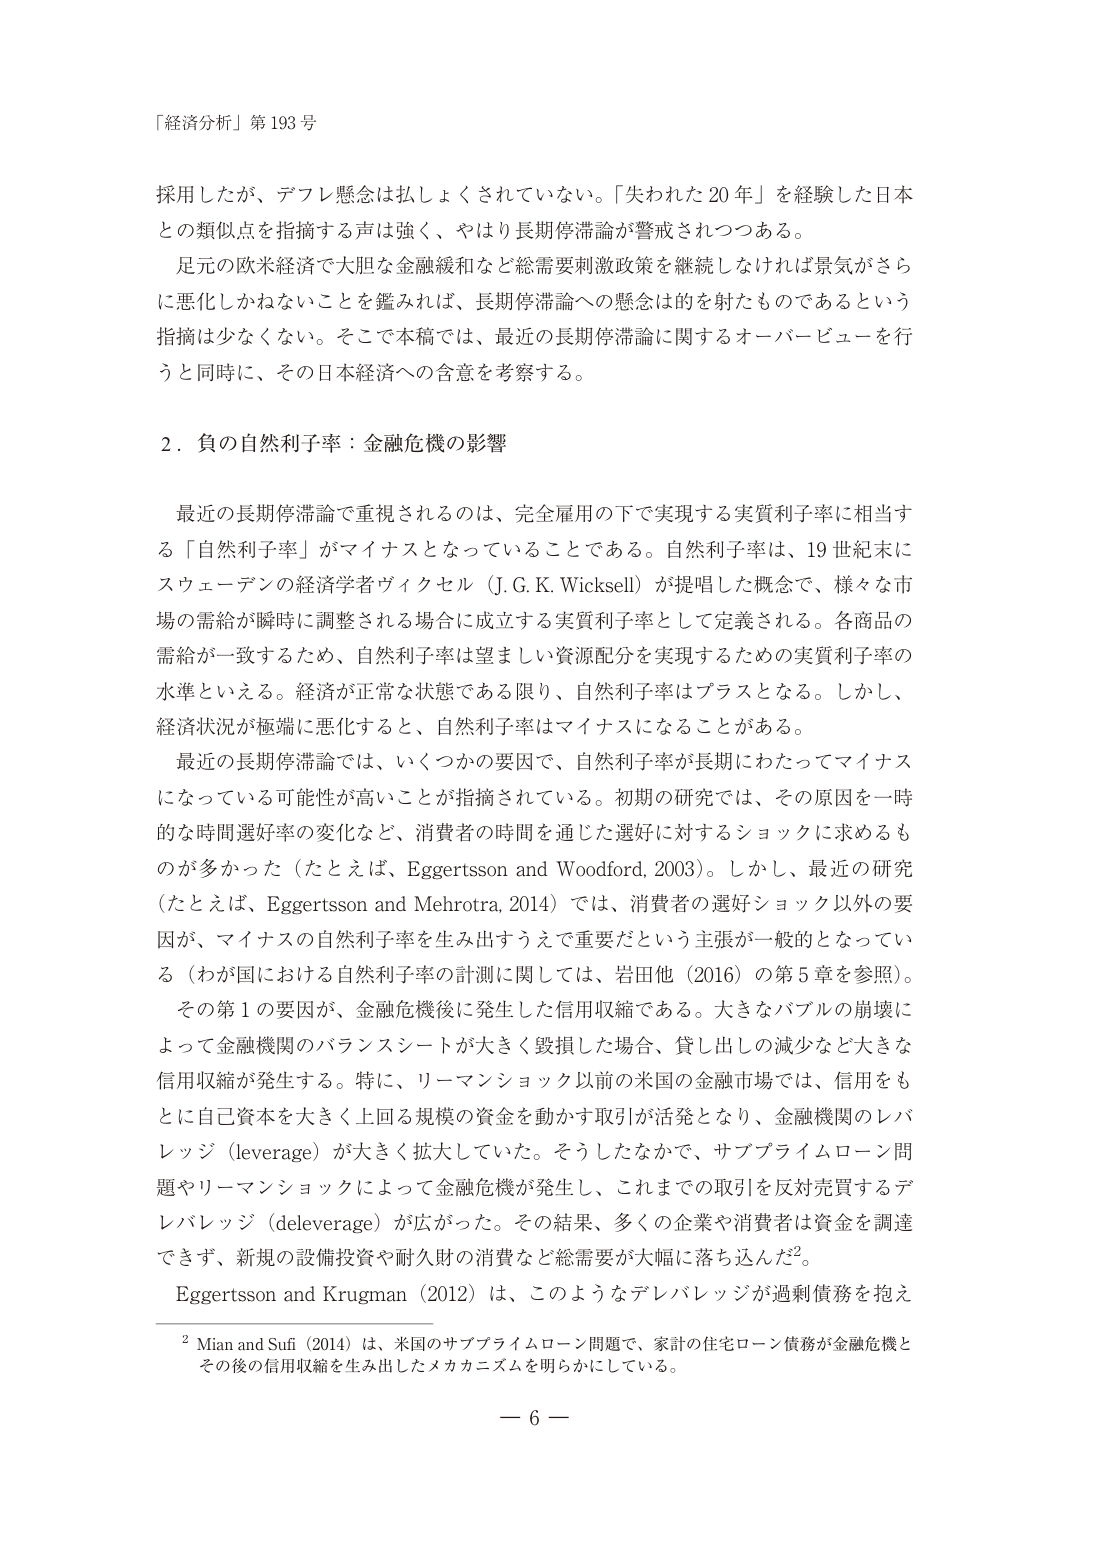
「経済分析」第193号

採用したが、デフレ懸念は払しょくされていない。「失われた20年」を経験した日本との類似点を指摘する声は強く、やはり長期停滞論が警戒されつつある。

足元の欧米経済で大胆な金融緩和など総需要刺激政策を継続しなければ景気がさらに悪化しかねないことを鑑みれば、長期停滞論への懸念は的を射たものであるという指摘は少なくない。そこで本稿では、最近の長期停滞論に関するオーバービューを行うと同時に、その日本経済への含意を考察する。

2．負の自然利子率：金融危機の影響

最近の長期停滞論で重視されるのは、完全雇用の下で実現する実質利子率に相当する「自然利子率」がマイナスとなっていることである。自然利子率は、19世紀末にスウェーデンの経済学者ヴィクセル（J.G.K. Wicksell）が提唱した概念で、様々な市場の需給が瞬時に調整される場合に成立する実質利子率として定義される。各商品の需給が一致するため、自然利子率は望ましい資源配分を実現するための実質利子率の水準といえる。経済が正常な状態である限り、自然利子率はプラスとなる。しかし、経済状況が極端に悪化すると、自然利子率はマイナスになることがある。

最近の長期停滞論では、いくつかの要因で、自然利子率が長期にわたってマイナスになっている可能性が高いことが指摘されている。初期の研究では、その原因を一時的な時間選好率の変化など、消費者の時間を通じた選好に対するショックに求めるものが多かった（たとえば、Eggertsson and Woodford, 2003）。しかし、最近の研究（たとえば、Eggertsson and Mehrotra, 2014）では、消費者の選好ショック以外の要因が、マイナスの自然利子率を生み出すうえで重要だという主張が一般的となっている（わが国における自然利子率の計測に関しては、岩田他（2016）の第5章を参照）。

その第1の要因が、金融危機後に発生した信用収縮である。大きなバブルの崩壊によって金融機関のバランスシートが大きく毀損した場合、貸し出しの減少など大きな信用収縮が発生する。特に、リーマンショック以前の米国の金融市場では、信用をもとに自己資本を大きく上回る規模の資金を動かす取引が活発となり、金融機関のレバレッジ（leverage）が大きく拡大していた。そうしたなかで、サブプライムローン問題やリーマンショックによって金融危機が発生し、これまでの取引を反対売買するデレバレッジ（deleverage）が広がった。その結果、多くの企業や消費者は資金を調達できず、新規の設備投資や耐久財の消費など総需要が大幅に落ち込んだ²。

Eggertsson and Krugman（2012）は、このようなデレバレッジが過剰債務を抱え

² Mian and Sufi（2014）は、米国のサブプライムローン問題で、家計の住宅ローン債務が金融危機とその後の信用収縮を生み出したメカニズムを明らかにしている。

－ 6 －